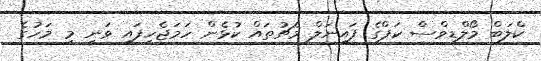
ކްލަބް މޯލްޑިވްސް ކަޕްގެ ފައިނަލް މެޗުތައް ކުޅެން ހަމަޖެހިފައި ވަނީ މި މަހުގެ